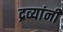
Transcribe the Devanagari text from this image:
द्रव्यांनी